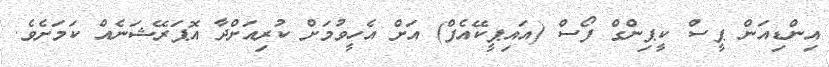
އިންޑިއަން ޕީސް ކީޕިންގް ފޯސް (އައިޕީކޭއެފް) އަށް އެހީވުމަށް ކުރިއަށްދާ އޮޕަރޭޝަނެއް ކަމަށެވެ.